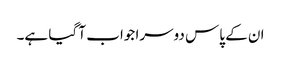
ان کے پاس دوسرا جواب آ گیا ہے۔